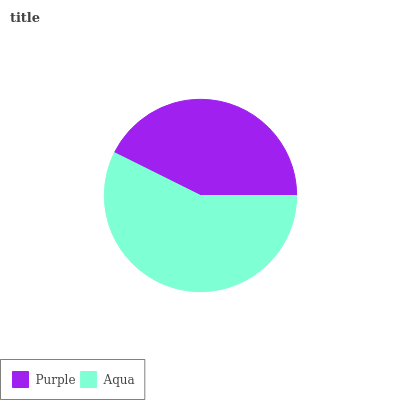
| Purple | Aqua |
 | --- | --- |
 | 42.7% | 57.3% |